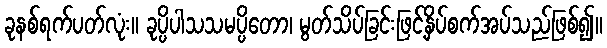
ခုနစ်ရက်ပတ်လုံး။ ခုပ္ပိပါသသမပ္ပိတော၊ မွတ်သိပ်ခြင်းဖြင့်နှိပ်စက်အပ်သည်ဖြစ်၍။